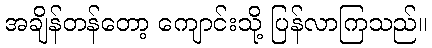
အချိန်တန်တော့ ကျောင်းသို့ ပြန်လာကြသည်။